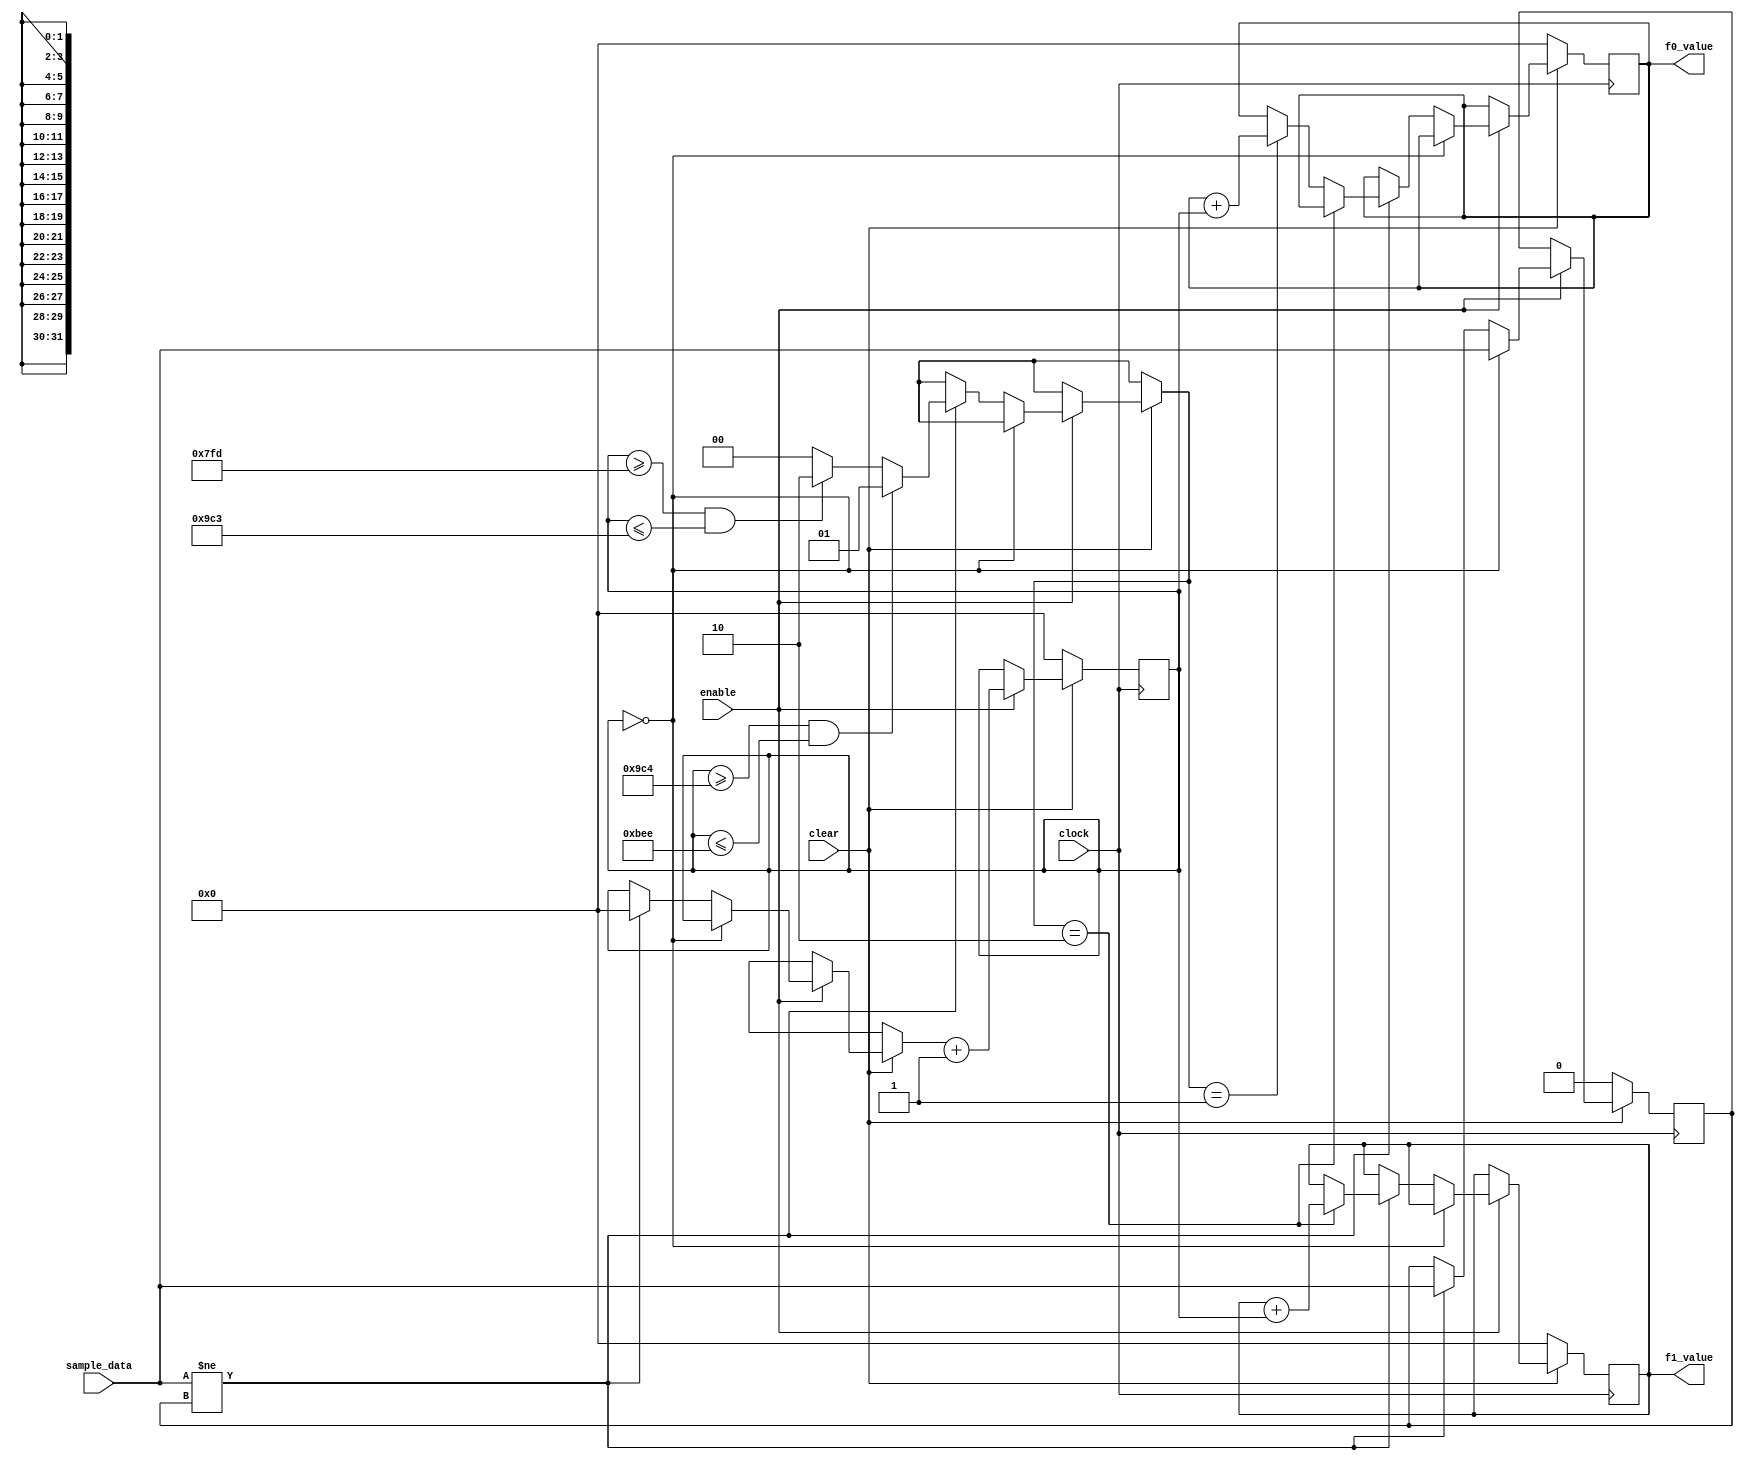
module frequency_analyzer #
(
    parameter FREQUENCY0 = 9000,                   
    parameter FREQUENCY1 = 11000,                  
    parameter FREQUENCY0_DEVIATION = 10,           
    parameter FREQUENCY1_DEVIATION = 10,           
    parameter CLOCK_FREQUENCY = 50000000           
)
(
    input wire sample_data,
    input wire clock,
    input wire enable,
    input wire clear,
    output wire[31:0] f0_value,
    output wire[31:0] f1_value
);
localparam integer frequency0_ticks = CLOCK_FREQUENCY / (2 * FREQUENCY0);
localparam integer frequency1_ticks = CLOCK_FREQUENCY / (2 * FREQUENCY1);
localparam integer frequency0_deviation = (frequency0_ticks * FREQUENCY0_DEVIATION) / 100;
localparam integer frequency1_deviation = (frequency1_ticks * FREQUENCY1_DEVIATION) / 100;
reg[31:0] frequency_counter = 0;
reg[31:0] frequency0_counter = 0;
reg[31:0] frequency1_counter = 0;
reg start_sample_value;
reg[1:0] check_result;
assign f0_value = frequency0_counter;
assign f1_value = frequency1_counter;
initial
begin
    frequency_counter = 0;
    frequency0_counter = 0;
    frequency1_counter = 0;
end
always @(posedge clock) 
begin
    if(!clear) 
    begin
        start_sample_value = 0;
        frequency0_counter = 0;
        frequency1_counter = 0;
        frequency_counter = 0;
        check_result = 0;
    end
    else  
    if(enable) 
    begin
        if(frequency_counter == 0)
            start_sample_value = sample_data;
        else if(sample_data != start_sample_value) 
        begin
            start_sample_value = sample_data;
            check_result = check_frequency(frequency_counter);
            if(check_result == 2)
                frequency1_counter = frequency1_counter + frequency_counter;
            else if(check_result == 1)
                frequency0_counter = frequency0_counter + frequency_counter;                
            frequency_counter = 0;
        end        
        frequency_counter = frequency_counter + 1;
    end
end
function[1:0] check_frequency(input reg[31:0] frequency);
    reg[1:0] result;    
    begin
        if(frequency >= frequency0_ticks - frequency0_deviation && frequency <= frequency0_ticks + frequency0_deviation)
            result = 1;
        else if(frequency >= frequency1_ticks - frequency1_deviation && frequency <= frequency1_ticks + frequency1_deviation)
            result = 2;
        else result = 0;
        check_frequency = result;
    end
endfunction
endmodule